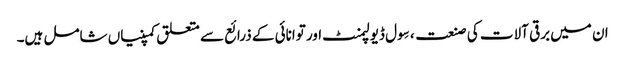
ان میں برقی آلات کی صنعت ، سِول ڈیولپمنٹ اور توانائی کے ذرائع سے متعلق کمپنیاں شامل ہیں۔